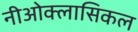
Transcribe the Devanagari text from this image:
नीओक्लासिकल